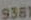
9381